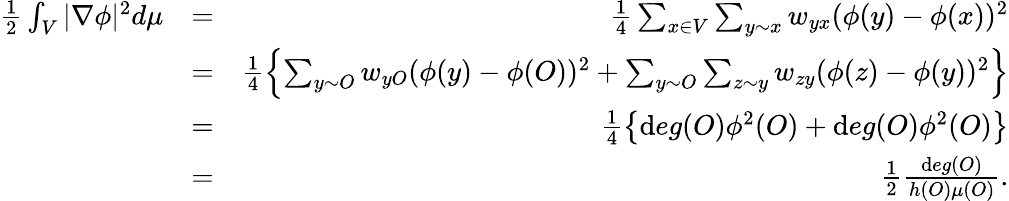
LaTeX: \begin{array}{rlr}{\frac{1}{2}\int_{V}|\nabla\phi|^{2}d\mu}&{=}&{\frac{1}{4}\sum_{x\in V}\sum_{y\sim x}w_{yx}(\phi(y)-\phi(x))^{2}}\\ &{=}&{\frac{1}{4}\left\{ \sum_{y\sim O}w_{yO}(\phi(y)-\phi(O))^{2}+\sum_{y\sim O}\sum_{z\sim y}w_{zy}(\phi(z)-\phi(y))^{2}\right\} }\\ &{=}&{\frac{1}{4}\left\{ {\mathrm{d}eg}(O)\phi^{2}(O)+{\mathrm{d}eg}(O)\phi^{2}(O)\right\} }\\ &{=}&{\frac{1}{2}\frac{{\mathrm{d}eg}(O)}{h(O)\mu(O)}.}\end{array}